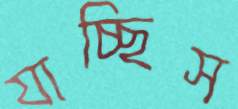
যাচ্ছিস